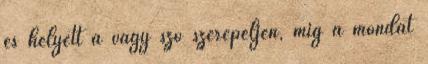
és helyett a vagy szó szerepeljen, míg a mondat